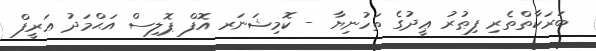
ބަރަކާތްތެރި ފިޠުރު ޢީދުގެ ތަހުނިޔާ - ކޮމިޝަނަރ އޮފް ޕޮލިސް އަޙްމަދު ޢަރީފް